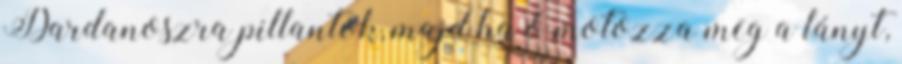
Dardanoszra pillantok, majd ha ő motozza meg a lányt,